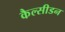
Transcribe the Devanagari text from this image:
कैल्सीडन